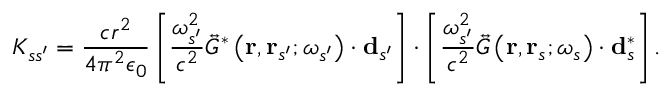
K _ { s s ^ { \prime } } = \frac { c r ^ { 2 } } { 4 \pi ^ { 2 } \epsilon _ { 0 } } \left[ \frac { \omega _ { s ^ { \prime } } ^ { 2 } } { c ^ { 2 } } \overleftrightarrow { G } ^ { * } \left( \mathbf { r } , \mathbf { r } _ { s ^ { \prime } } ; \omega _ { s ^ { \prime } } \right) \cdot \mathbf { d } _ { s ^ { \prime } } \right] \cdot \left[ \frac { \omega _ { s ^ { \prime } } ^ { 2 } } { c ^ { 2 } } \overleftrightarrow { G } \left( \mathbf { r } , \mathbf { r } _ { s } ; \omega _ { s } \right) \cdot \mathbf { d } _ { s } ^ { * } \right] .